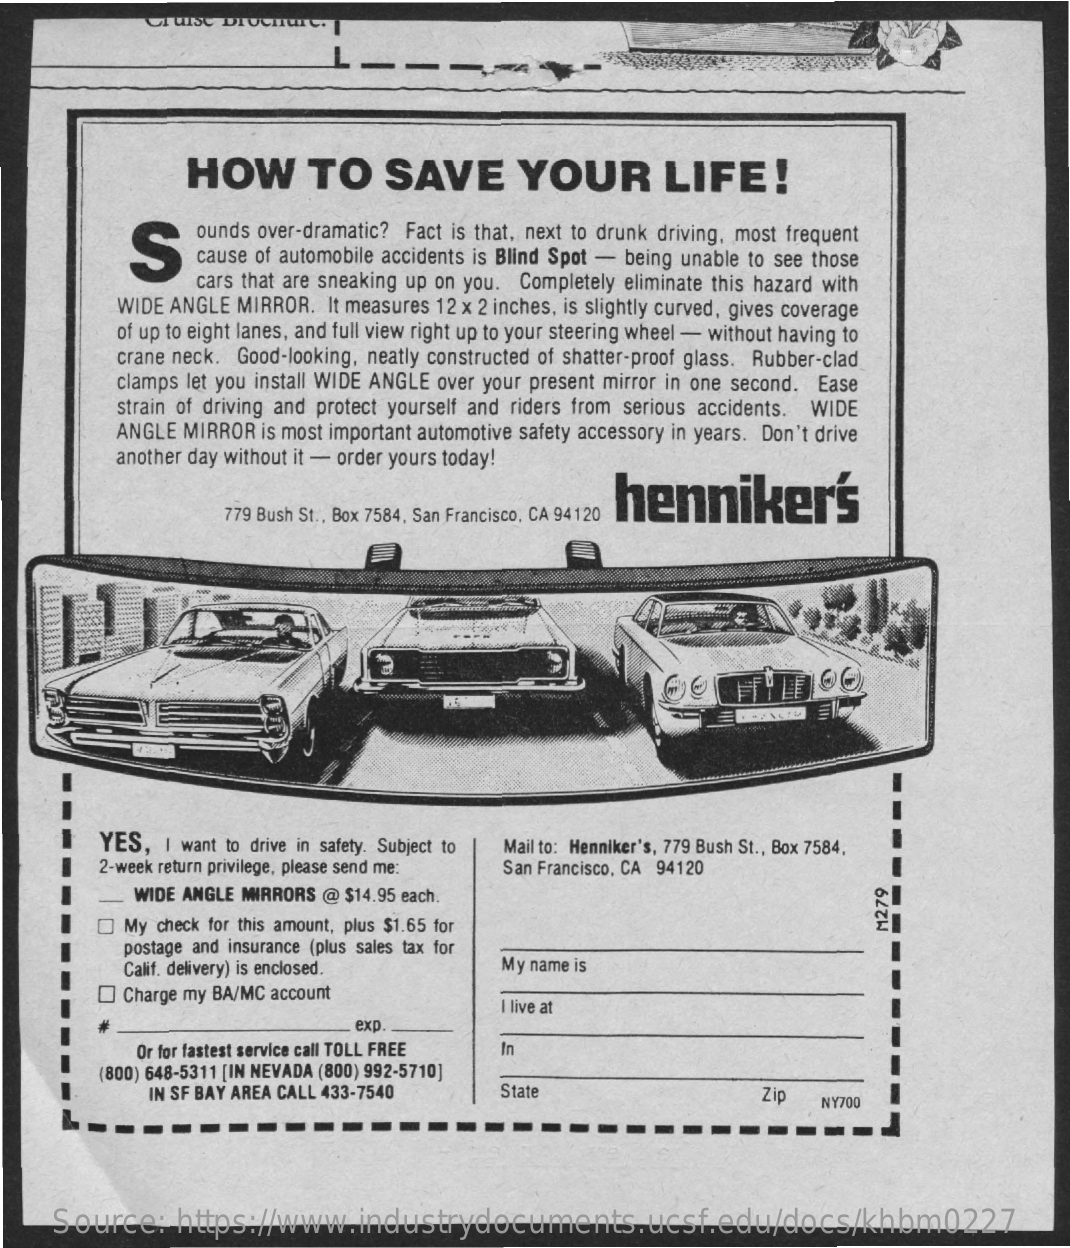
CI WISC DIOCHUTC.
     HOW    TO    SAVE    YOUR    LIFE    !
     S
     ounds over-dramatic? Fact is that, next to drunk driving, most frequent
     cause of automobile accidents is Blind Spot - being unable to see those
     cars that are sneaking up on you. Completely eliminate this hazard with
     WIDE ANGLE MIRROR.  It measures 12 x 2 inches, is slightly curved, gives coverage
     of up to eight lanes, and full view right up to your steering wheel - without having to
     crane neck. Good-looking, neatly constructed of shatter-proof glass. Rubber-clad
     clamps let you install WIDE ANGLE over your present mirror in one second. Ease
     strain of driving and protect yourself and riders from serious accidents. WIDE
     ANGLE MIRROR is most important automotive safety accessory in years. Don't drive
     another day without it - order yours today!
     henniker's
     779 Bush St ., Box 7584, San Francisco, CA 94120
     YES,  I want to drive in safety. Subject to
     2-week return privilege, please send me:
     Mail to: Henniker's, 779 Bush St ., Box 7584.
     San Francisco, CA 94120
     WIDE ANGLE MIRRORS @ $14.95 each.
     My check for this amount, plus $1.65 for
     M279
     postage and insurance (plus sales tax for
     Calif. delivery) is enclosed.    My name is
     Charge my BA/MC account
     I live at
     exp.
     Or for fastest service call TOLL FREE In
     (800) 648-5311 [IN NEVADA (800) 992-5710]
     IN SF BAY AREA CALL 433-7540    State    Zip
     NY700
     Source:    https://www.industrydocuments.ucsf.edu/docs/khbm0227